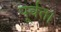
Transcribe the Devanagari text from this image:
पूर्वत।